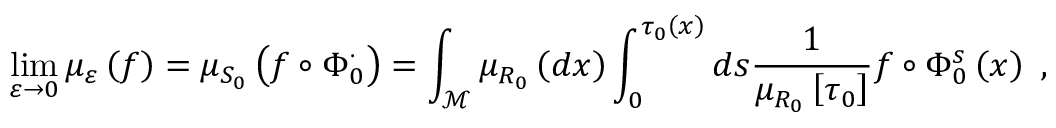
\operatorname* { l i m } _ { \varepsilon \rightarrow 0 } \mu _ { \varepsilon } \left( f \right) = \mu _ { S _ { 0 } } \left( f \circ \Phi _ { 0 } ^ { \cdot } \right) = \int _ { \mathcal { M } } \mu _ { R _ { 0 } } \left( d x \right) \int _ { 0 } ^ { \tau _ { 0 } \left( x \right) } d s \frac { 1 } { \mu _ { R _ { 0 } } \left[ \tau _ { 0 } \right] } f \circ \Phi _ { 0 } ^ { s } \left( x \right) \ ,